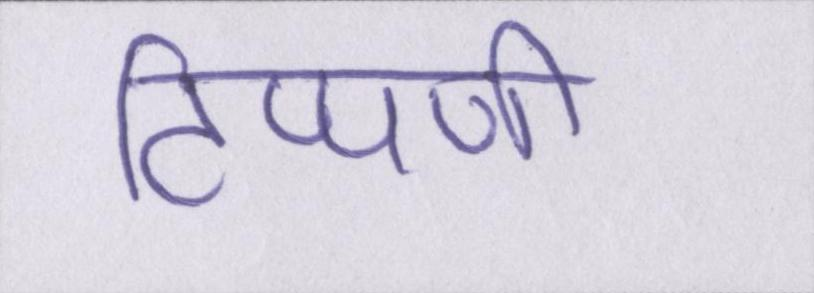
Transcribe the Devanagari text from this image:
टिप्पणी